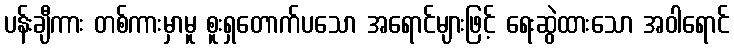
ပန်းချီကား တစ်ကားမှာမူ စူးရှတောက်ပသော အရောင်များဖြင့် ရေးဆွဲထားသော အဝါရောင်